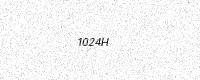
Text: 1024H